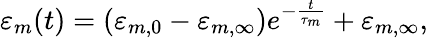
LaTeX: \begin{array}{r}{\varepsilon_{m}(t)=\left(\varepsilon_{m,0}-\varepsilon_{m,\infty}\right)e^{-\frac{t}{\tau_{m}}}+\varepsilon_{m,\infty},}\end{array}